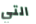
التي